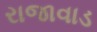
રાજાવાડ